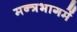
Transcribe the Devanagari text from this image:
मन्त्रभागमें